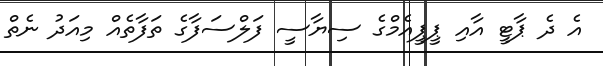
އެ ދެ ޕާޓީ އާއި ޕީޕީއެމްގެ ސިޔާސީ ފަލްސަފާގެ ތަފާތެއް މިއަދު ނެތް